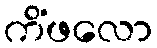
ကိံဖလော